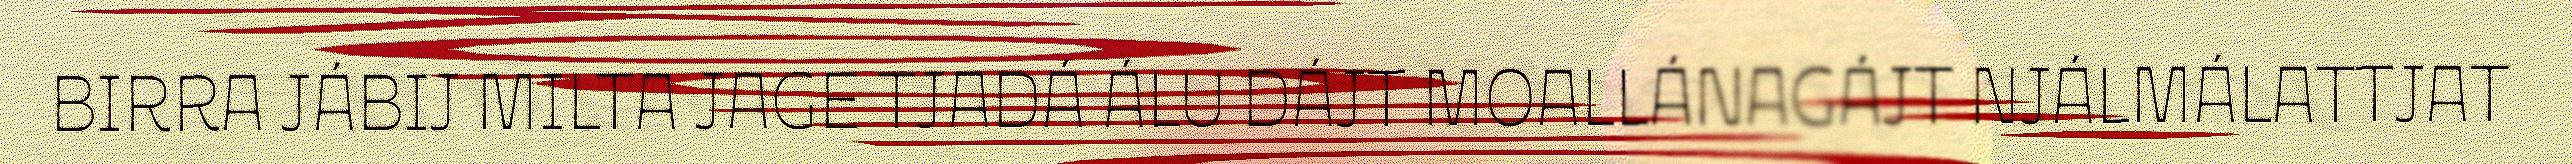
BIRRA JÁBIJ MILTA JAGE TJADÁ ÁLU DÁJT MOALLÁNAGÁJT NJÁLMÁLATTJAT